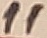
Text: 11